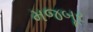
મજબૂર